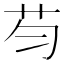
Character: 𱽏